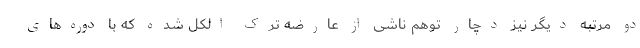
دو مرتبه دیگر نیز دچار توهم ناشی از عارضه ترک الکل شده که با دوره‌های